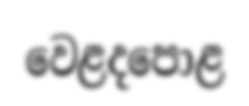
වෙළදපොළ